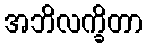
အဘိလက္ခိတာ